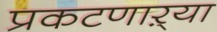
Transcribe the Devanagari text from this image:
प्रकटणाऱ्या